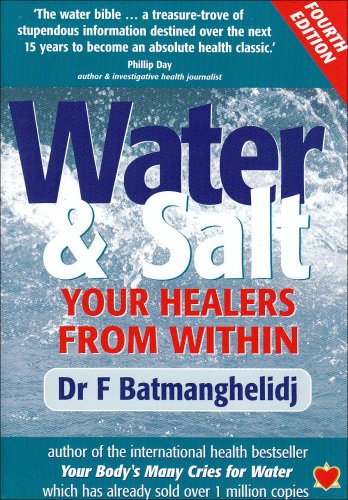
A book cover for Water and Salt: Your Healers from Within; F. Batmanghelidj; Parenting & Relationships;